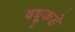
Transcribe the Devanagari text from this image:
वधूकडे